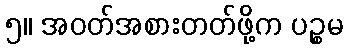
၅။ အဝတ်အစားတတ်ဖို့က ပဉ္စမ